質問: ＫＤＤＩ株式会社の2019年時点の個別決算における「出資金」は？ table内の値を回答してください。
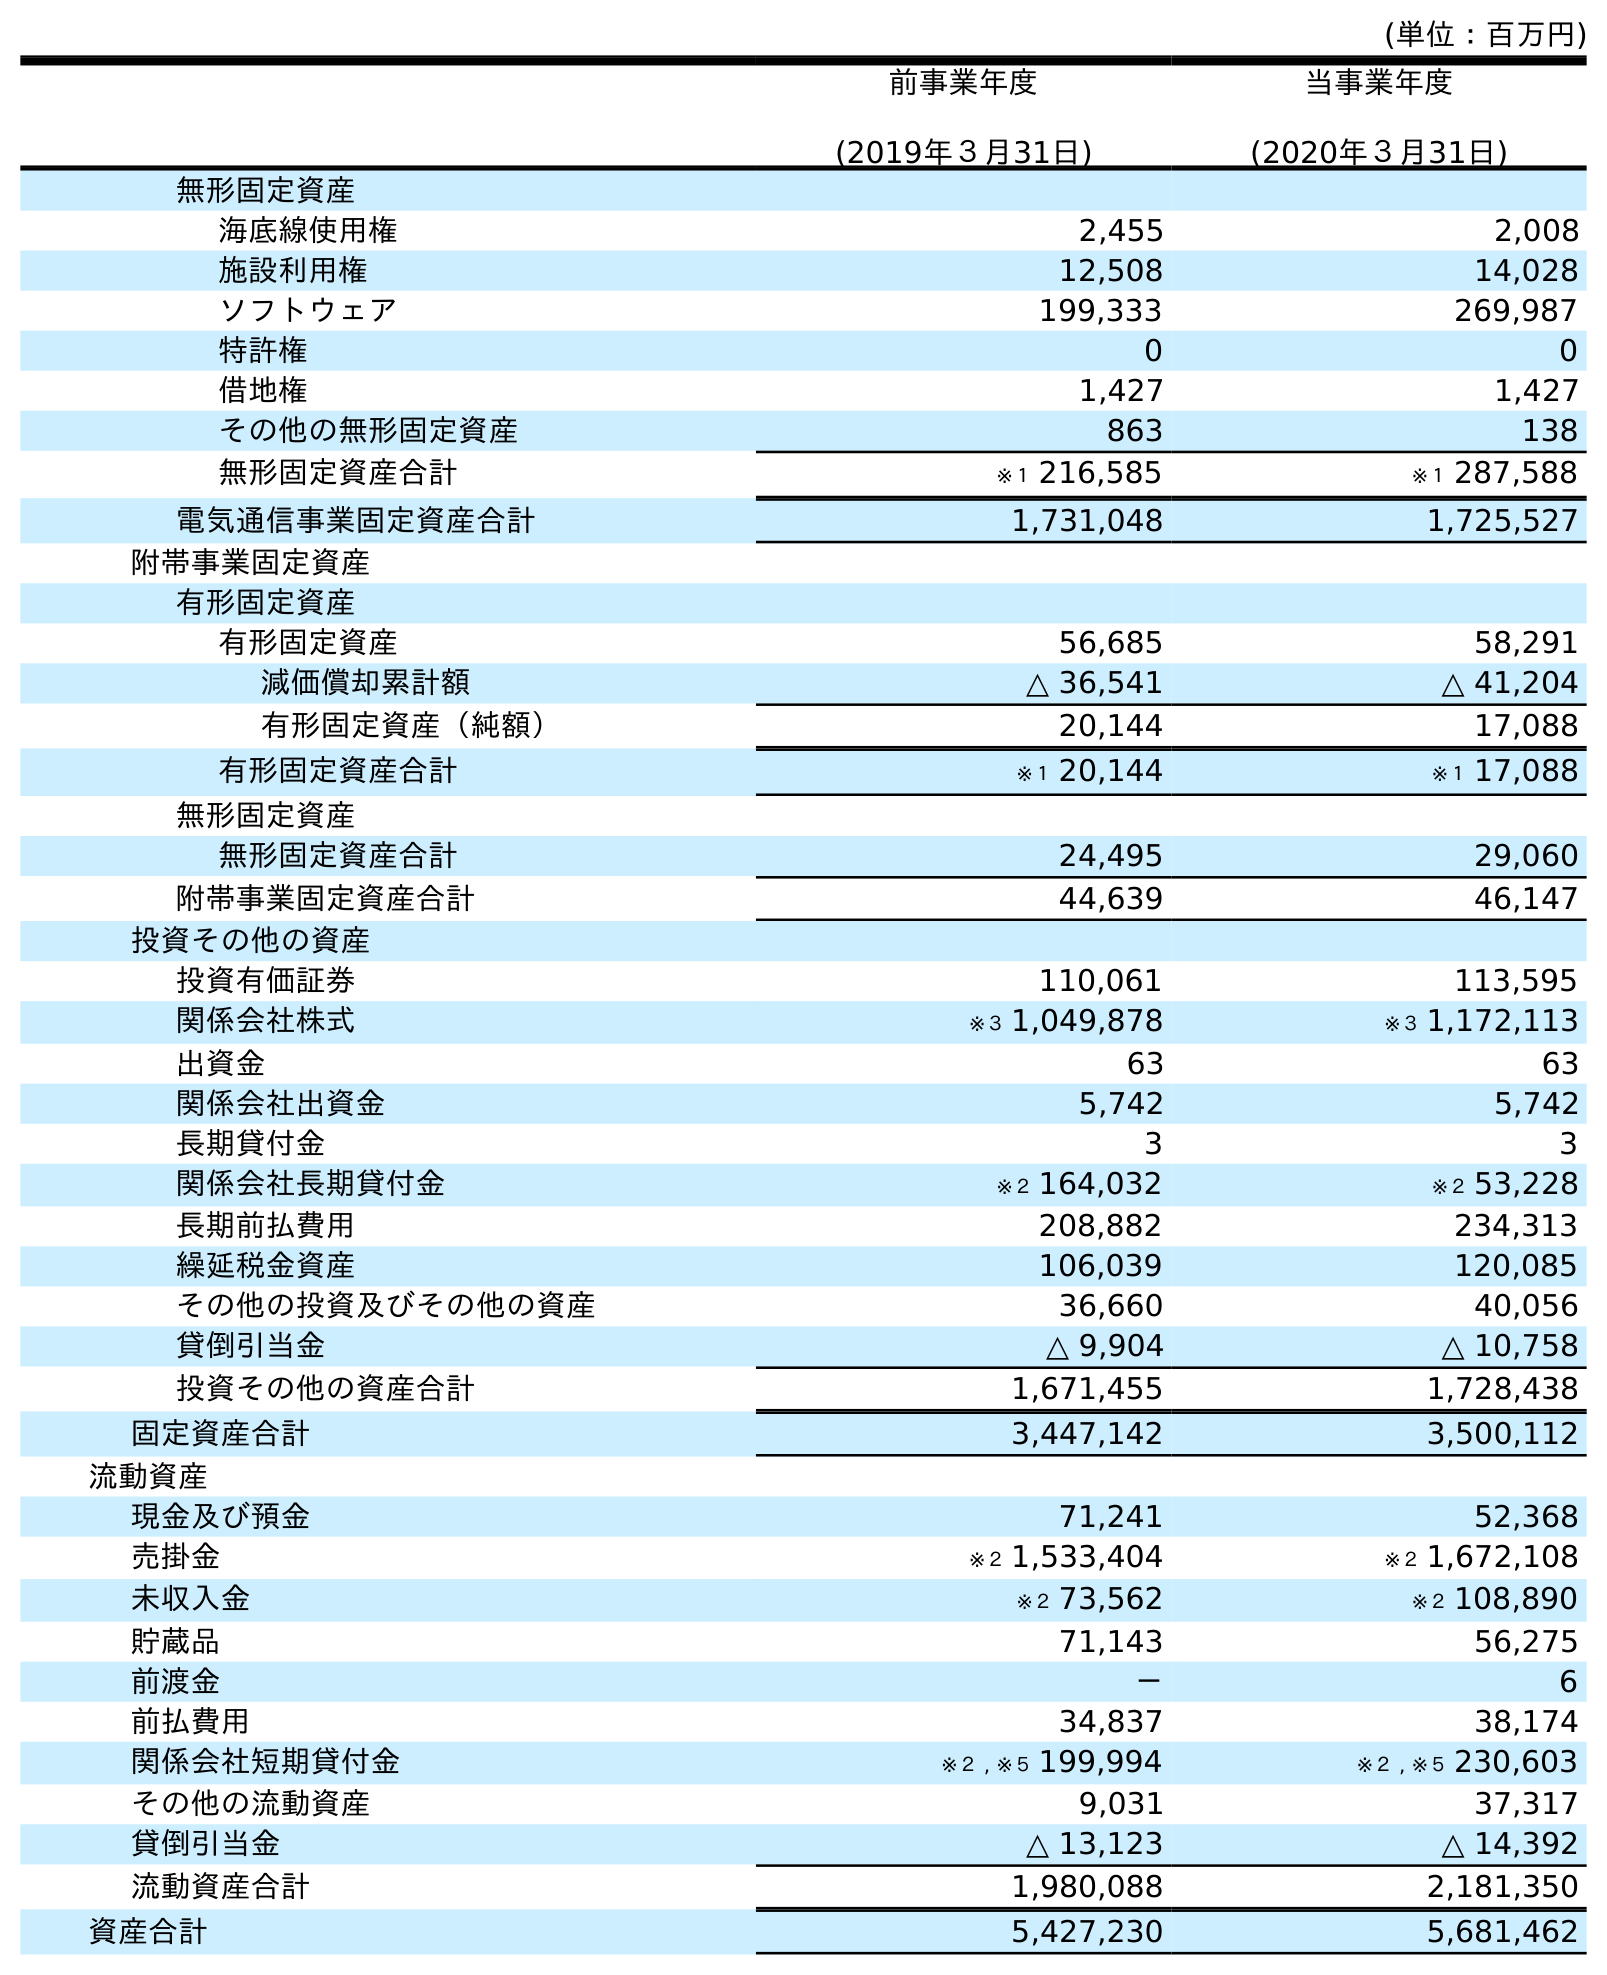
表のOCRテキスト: (単位：百万円) 前事業年度 (2019年３月31日) 当事業年度 (2020年３月31日) 無形固定資産 海底線使用権 2,455 2,008 施設利用権 12,508 14,028 ソフトウェア 199,333 269,987 特許権 0 0 借地権 1,427 1,427 その他の無形固定資産 863 138 無形固定資産合計 ※１ 216,585 ※１ 287,588 電気通信事業固定資産合計 1,731,048 1,725,527 附帯事業固定資産 有形固定資産 有形固定資産 56,685 58,291 減価償却累計額 △ 36,541 △ 41,204 有形固定資産（純額） 20,144 17,088 有形固定資産合計 ※１ 20,144 ※１ 17,088 無形固定資産 無形固定資産合計 24,495 29,060 附帯事業固定資産合計 44,639 46,147 投資その他の資産 投資有価証券 110,061 113,595 関係会社株式 ※３ 1,049,878 ※３ 1,172,113 出資金 63 63 関係会社出資金 5,742 5,742 長期貸付金 3 3 関係会社長期貸付金 ※２ 164,032 ※２ 53,228 長期前払費用 208,882 234,313 繰延税金資産 106,039 120,085 その他の投資及びその他の資産 36,660 40,056 貸倒引当金 △ 9,904 △ 10,758 投資その他の資産合計 1,671,455 1,728,438 固定資産合計 3,447,142 3,500,112 流動資産 現金及び預金 71,241 52,368 売掛金 ※２ 1,533,404 ※２ 1,672,108 未収入金 ※２ 73,562 ※２ 108,890 貯蔵品 71,143 56,275 前渡金 － 6 前払費用 34,837 38,174 関係会社短期貸付金 ※２ , ※５ 199,994 ※２ , ※５ 230,603 その他の流動資産 9,031 37,317 貸倒引当金 △ 13,123 △ 14,392 流動資産合計 1,980,088 2,181,350 資産合計 5,427,230 5,681,462
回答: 63